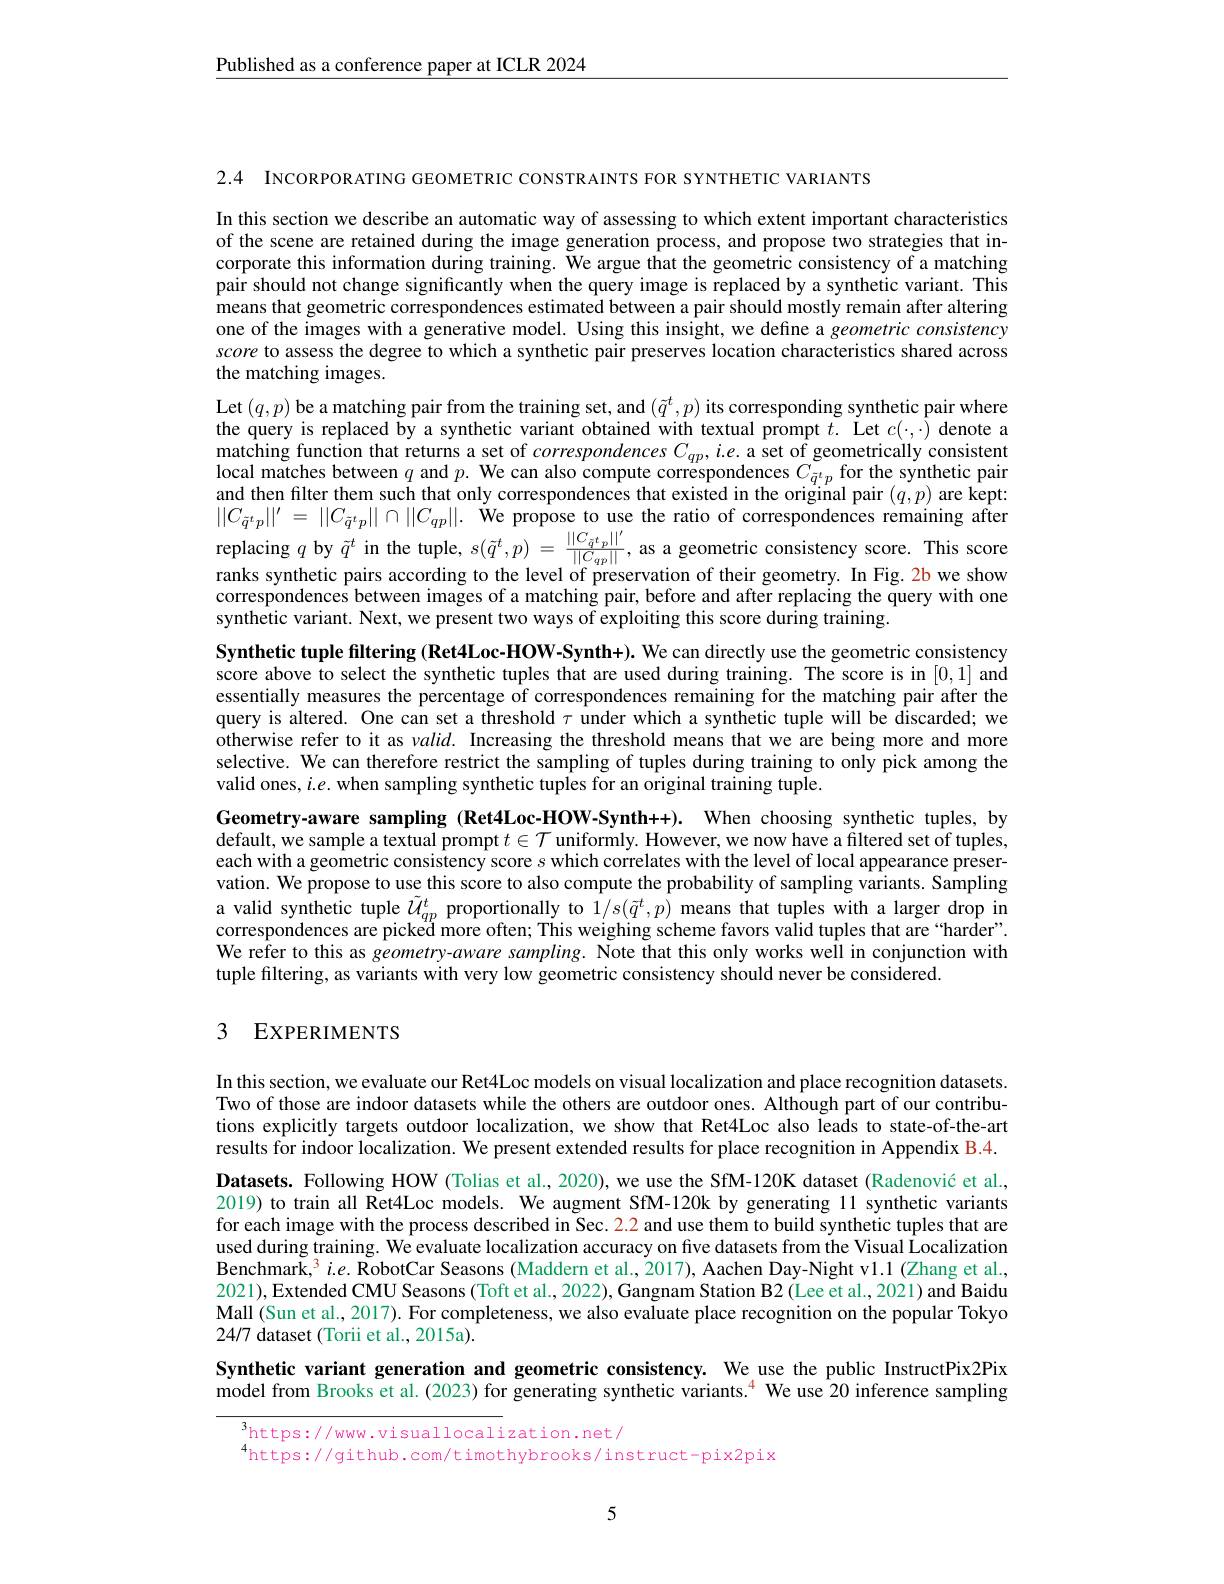
$\underline{\text{Published as a conference paper at ICLR 2024}}$

2.4 INCORPORATING GEOMETRIC CONSTRAINTS FOR SYNTHETIC VARIANTS

and then filter them such that only correspondences that existed in the original pair $(q,p)$ are kept:$||C_{\tilde{q}^tp}||^{\prime}=||C_{\tilde{q}^tp}||\cap||C_{qp}||.$ We propose to use the ratio of correspondences remaining after
<FigureHere>
replacing $q$ by $\tilde{q}^t$ in the tuple, $s(\tilde{q}^t,p)=\frac{|}{|}$
ranks synthetic pairs according to the level of preservation of their geometry. In Fig. 2b we show

In this section we describe an automatic way of assessing to which extent important characteristics of the scene are retained during the image generation process, and propose two strategies that incorporate this information during training. We argue that the geometric consistency of a matching pair should not change significantly when the query image is replaced by a synthetic variant. This means that geometric correspondences estimated between a pair should mostly remain after altering one of the images with a generative model. Using this insight, we define a geometric consistency score to assess the degree to which a synthetic pair preserves location characteristics shared across the matching images.
Let$\left(q,p\right)$be a matching pair from the training set, and $(\tilde{q}^{t},p)$ its corresponding synthetic pair where the query is replaced by a synthetic variant obtained with textual prompt $t.$ Let $c(\cdot,\cdot)$ denote a matching function that returns a set of correspondences $C_qp,ie.$ a set of geometrically consistent local matches between $q$ and $p.$ We can also compute correspondences $C_{\tilde{q}^tp}$ for the synthetic pair
as a geometric consistency score. This score
correspondences between images of a matching pair, before and after replacing the query with one
synthetic variant. Next, we present two ways of exploiting this score during training.
Synthetic tuple filtering (Ret4Loc-HOW-Synth+). We can directly use the geometric consistency score above to select the synthetic tuples that are used during training. The score is in [0,1] and essentially measures the percentage of correspondences remaining for the matching pair after the query is altered. One can set a threshold $\tau$ under which a synthetic tuple will be discarded; we otherwise refer to it as $valid.$ Increasing the threshold means that we are being more and more selective. We can therefore restrict the sampling of tuples during training to only pick among the valid ones, $i.e.$ when sampling synthetic tuples for an original training tuple.
Geometry-aware sampling (Ret4Loc-HOW-Synth++). When choosing synthetic tuples, by default, we sample a textual prompt $t\in\mathcal{T}$ uniformly. However, we now have a filtered set of tuples, each with a geometric consistency score $s$ which correlates with the level of local appearance preservation. We propose to use this score to also compute the probability of sampling variants. Sampling a valid synthetic tuple $\tilde{U}_{qp}^t$ proportionally to $\hat{1}/s(\tilde{q}^t,p)$ means that tuples with a larger drop in correspondences are picked more often; This weighing scheme favors valid tuples that are “harder”. We refer to this as geometry-aware sampling. Note that this only works well in conjunction with tuple filtering, as variants with very low geometric consistency should never be considered.

### 3 EXPERIMENTS

In this section, we evaluate our Ret4Loc models on visual localization and place recognition datasets. Two of those are indoor datasets while the others are outdoor ones. Although part of our contributions explicitly targets outdoor localization, we show that Ret4Loc also leads to state-of-the-art results for indoor localization. We present extended results for place recognition in Appendix B.4. Datasets. Following HOW (Tolias et al., 2020), we use the SfM-120K dataset (Radenović et al., 2019) to train all Ret4Loc models. We augment SfM-120k by generating 11 synthetic variants for each image with the process described in Sec. 2.2 and use them to build synthetic tuples that are used during training. We evaluate localization accuracy on five datasets from the Visual Localization Benchmark,$^3i.e.$ RobotCar Seasons (Maddern et al., 2017), Aachen Day-Night vl.1 (Zhang et al., 2021), Extended CMU Seasons (Toft et al., 2022), Gangnam Station B2 (Lee et al., 2021) and Baidu Mall (Sun et al., 2017). For completeness, we also evaluate place recognition on the popular Tokyo 24/7 dataset (Torii et al., 2015a).
Synthetic variant generation and geometric consistency. We use the public InstructPix2Pix model from Brooks et al. (2023) for generating synthetic variants.$^{4}$ We use 20 inference sampling

$^3$https: / / www. visuallocalization. net/
$^{4}$https://github.com/timothybrooks/instruct-pix2pix

5